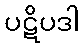
ပဋိပဒါ